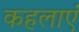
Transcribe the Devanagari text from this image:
कहलाएं